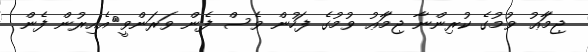
ޖިމަާޢު ވުމުގެ ކުރިންނާ ޖިމަާޢު ވުމުގެ ފަހުން ވެސް ފެން ވަރަންވީ>އެއިރުން ފެން